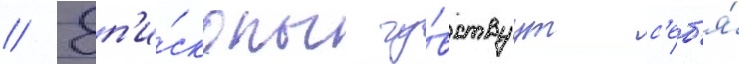
// Еп'и́скопы чу́вствуут с'еб'я́